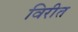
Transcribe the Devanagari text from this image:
विरीत